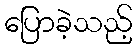
ပြောခဲ့သည့်